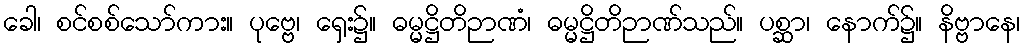
ခေါ၊ စင်စစ်သော်ကား။ ပုဗ္ဗေ၊ ရှေး၌။ ဓမ္မဋ္ဌိတိဉာဏံ၊ ဓမ္မဋ္ဌိတိဉာဏ်သည်။ ပစ္ဆာ၊ နောက်၌။ နိဗ္ဗာနေ၊